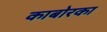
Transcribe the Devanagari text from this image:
काबोरका